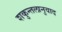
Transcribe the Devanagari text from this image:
शकुन्तलानुवाद